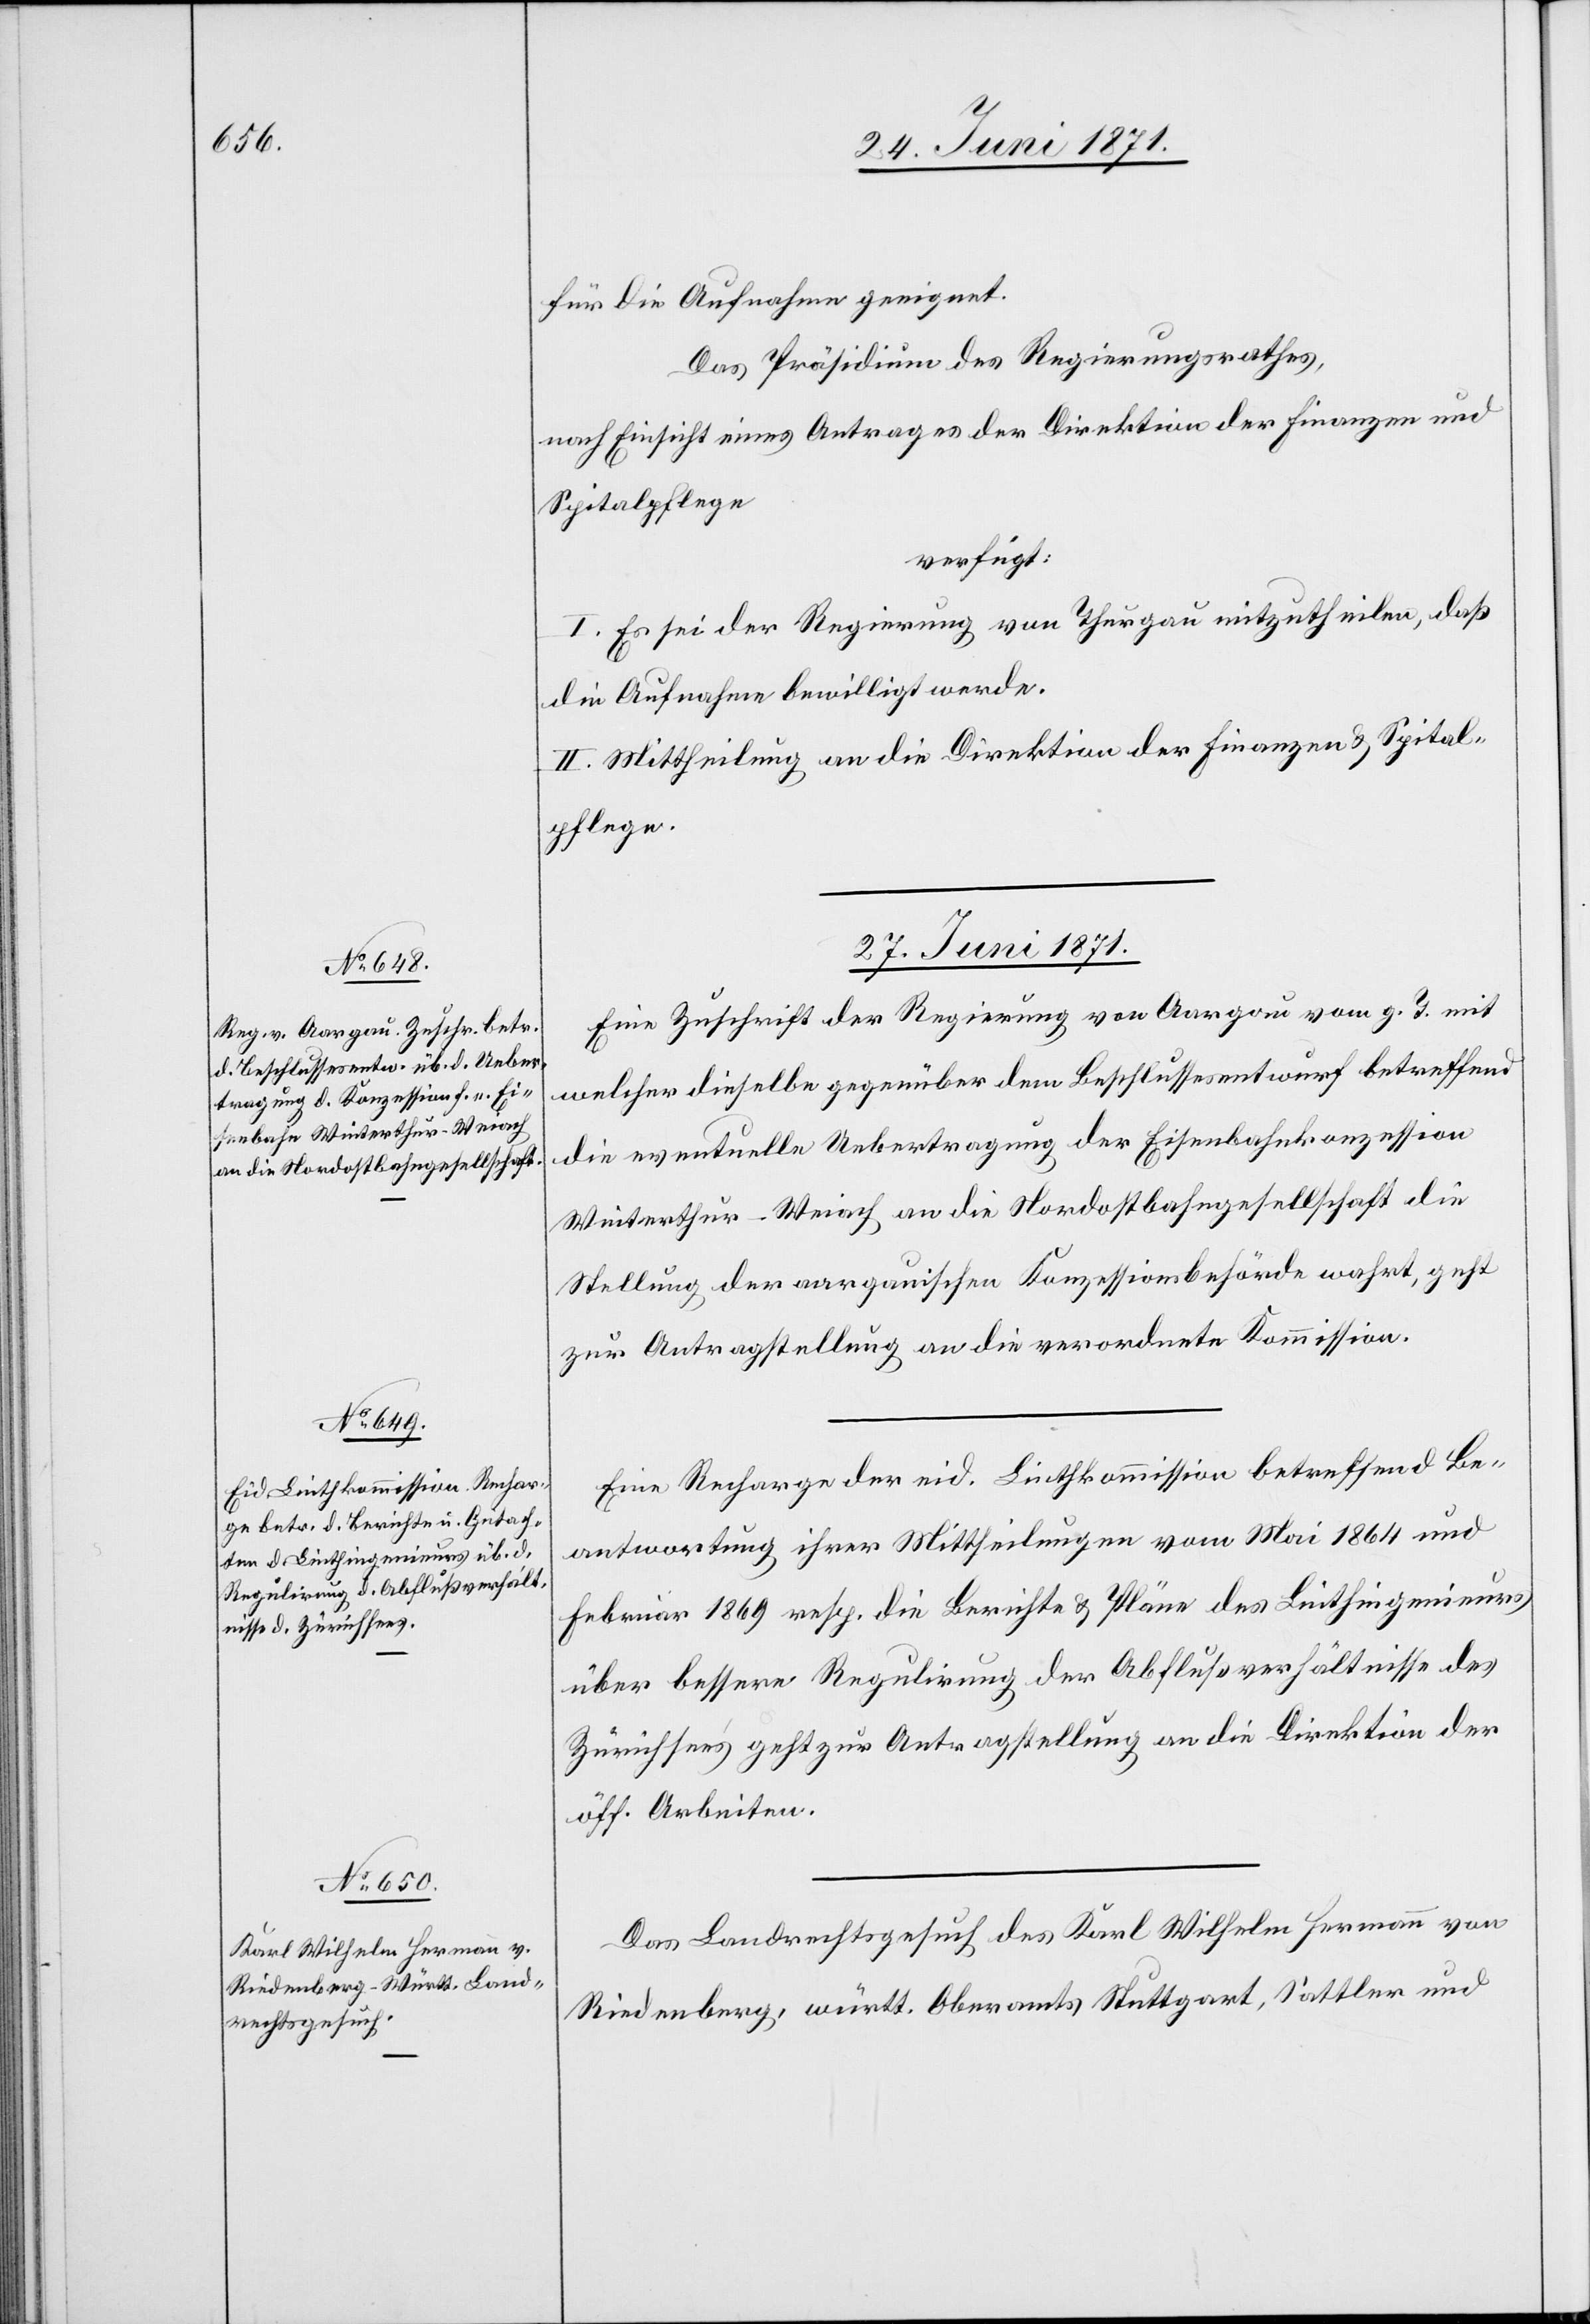
27. Juni 1871.]
für die Aufnahme geeignet.
Das Präsidium des Regierungsrathes,
nach Einsicht eines Antrages der Direktion der Finanzen und
Spitalpflege
verfügt:
I. Es sei der Regierung von Thurgau mitzutheilen, daß
die Aufnahme bewilligt werde.
II. Mittheilung an die Direktion der Finanzen u. Spital¬
pflege.
27. Juni 1871.
Eine Zuschrift der Regierung von Aargau vom g. T. mit
welcher dieselbe gegenüber dem Beschlussesentwurf betreffend
die eventuelle Uebertragung der Eisenbahnkonzession
Winterthur-Weiach an die Nordostbahngesellschaft die
Stellung der aargauischen Konzessionsbehörde wahrt, geht
zur Antragstellung an die verordnete Kommission.
Eine Recharge der eid. Linthkommission betreffend Be¬
antwortung ihrer Mittheilung. vom Mai 1864 und
Februar 1869 resp. die Berichte u. Pläne des Linthingenieurs
über bessere Regulirung der Abflußverhältnisse des
Zürichsee’s geht zur Antragstellung an die Direktion der
öff. Arbeiten.
Das Landrechtsgesuch des Karl Wilhelm Hermann von
Riedenberg, württ. Oberamts Stuttgart, Sattler und